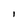
Character: l